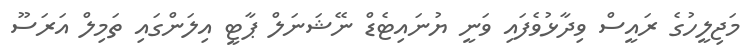
މަޖިލީހުގެ ރައީސް ވިދާޅުވެފައި ވަނީ ޔުނައިޓެޑް ނޭޝަނަލް ޕާޓީ އިލަންގައި ތަމިލް އަރަސޫ